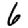
Digit: 6